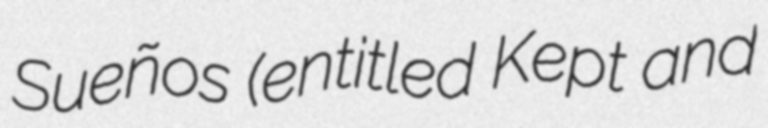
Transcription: Sueños (entitled Kept and